Leprosy in India: report of the Leprosy Commission in India, 1890-91
Year: 1890
Disease focus: Leprosy
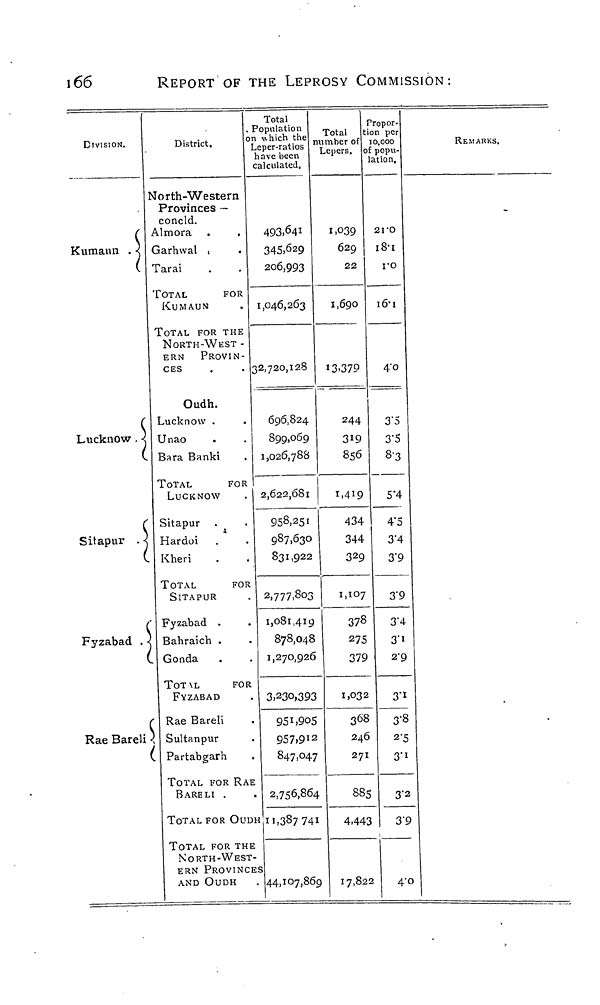
166
REPORT OF THE LEPROSY COMMISSION:
DIVISION.
r
Kumaun . <
(
Lucknow, <
(
r
Sitapur . <
c
Fyzabad . -
t
(
Rae Bareli
District.
North-Western
Provinces —
concld.
Almora .
,
Garhwal i
Tarai
TOTAL
FOR
KUMAUN
TOTAL FOR THE
NORTH-WEST -
ERN
PROVIN-
CES
Oudh.
Lucknow .
Unao
Bara Banki
TOTAL
FOR
LUCKNOW
Sitapur
Hardoi
Kheri
TOTAL
FOR
SITAPUR
Fyzabad .
Babraich .
. Gonda
TOT\L
FOR
FYZABAD
' Rae Bareli
! Sultanpur
Partabgarh
TOTAL FOR RAI
BARELI .
TOTAL FOR OUD
TOTAL FOR THE
NORTH-WEST
ERN PROVINCI
AND OUDH
Total
Population
n which the
Leper-ratios
have been
calculated.
493,641
345.629
206,993
1,046,263
32,720,128
696,824
899,069
1,026,788
2,622,681
958,251
987,63c
831,922
2,777,80:
1,081,411
878,045
I,27O,92f
3,230,39
951,90
957.9 1
847,04
. 2,756,86
H 11,38774
-
:s
. 44,107,86
Total
number of
Lepers.
1,039
629
22
1,690
13.379
244
319
856
1,419
434
344
3 2 9
>
1.107
>
378
$
275
5
379
3
1.032
5
368
2
247
271
4
88=
1
4,44:
9
17.82
Propor-
tion per
10,000
of popu-
lation.
2I'O
18-1
ro
I6-I
4'o
3"5
3'5
8-3
5'4
4" 5
3'4
3'9
3'9
3'4
3"i
2'9
3"*
3-8
2 "5
3 # i
3'2
3'£
2
4-(
REMARKS.